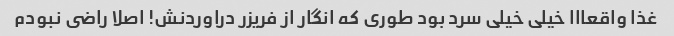
غذا واقعااا خیلى خیلى سرد بود طورى که انگار از فریزر دراوردنش! اصلا راضى نبودم